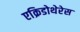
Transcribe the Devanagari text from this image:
एक्रिडोथेरेस